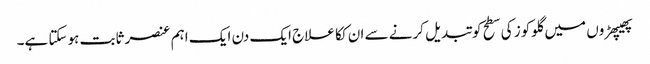
پھیپھڑوں میں گلوکوز کی سطح کو تبدیل کرنے سے ان ککا علاج ایک دن ایک اہم عنصر ثابت ہوسکتا ہے۔